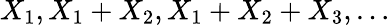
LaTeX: X_{1},X_{1}+X_{2},X_{1}+X_{2}+X_{3},\dots